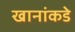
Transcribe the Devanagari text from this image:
खानांकडे